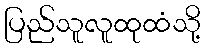
ပြည်သူလူထုထံသို့